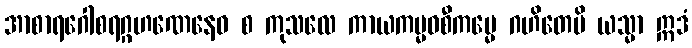
အာစာရဂေါစရဂ္ဂဟဏေနေဝ စ ကုသလေ ကာယကမ္မဝစီကမ္မေ ဂဟိတေပိ ယသ္မာ ဣဒံ